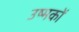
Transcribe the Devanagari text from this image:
उष्मकों